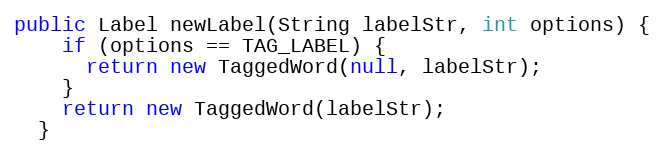
Language: Java
public Label newLabel(String labelStr, int options) {
    if (options == TAG_LABEL) {
      return new TaggedWord(null, labelStr);
    }
    return new TaggedWord(labelStr);
  }